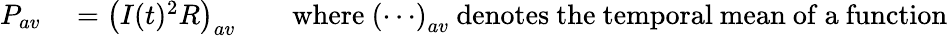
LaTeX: \begin{array}{rlrl}{P_{av}}&{{}=\left(I(t)^{2}R\right)_{av}}&{}&{{}{\mathrm{where~}}\left(\cdots\right)_{av}{\mathrm{~denotes~the~temporal~mean~of~a~function}}}\end{array}